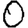
Digit: 0